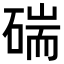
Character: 𥔗